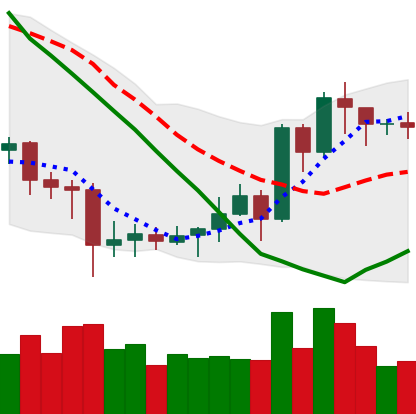
Ticker: EOS-USD
Chart end date: 2020-07-12
Forward return: -4.485%
Label: down_3_5